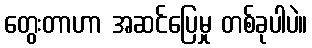
တွေးတာဟာ အဆင်ပြေမှု တစ်ခုပါပဲ။